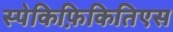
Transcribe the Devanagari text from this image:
स्पेकिफ़िकितिएस